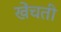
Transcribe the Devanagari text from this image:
खेंचती